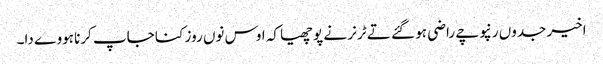
اخیر جدوں رنپوچے راضی ہو گئے تے ٹرنر نے پوچھیا کہ اوس نوں روز کنا جاپ کرنا ہووے دا۔